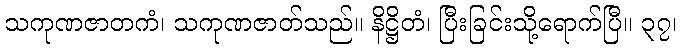
သကုဏဇာတကံ၊ သကုဏဇာတ်သည်။ နိဋ္ဌိတံ၊ ပြီးခြင်းသို့ရောက်ပြီ။ ၃၇၊